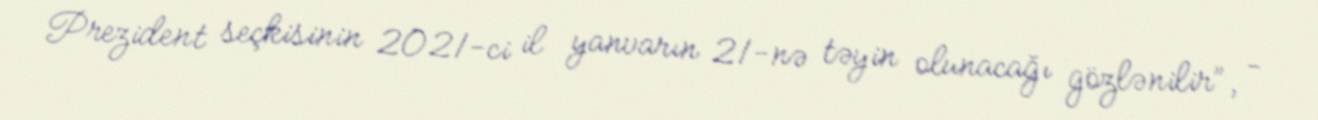
Prezident seçkisinin 2021-ci il yanvarın 21-nə təyin olunacağı gözlənilir”, -